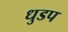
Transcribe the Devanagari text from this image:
धुडप